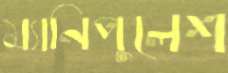
ম্যানিপুলেশ